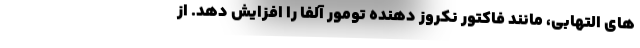
های التهابی، مانند فاکتور نکروز دهنده تومور آلفا را افزایش دهد. از